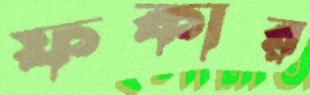
ফকার